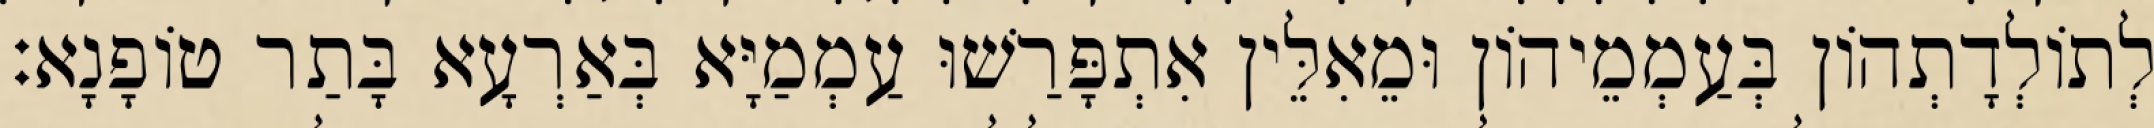
לְתוֹלְדָתְהוֹן בְּעַמְמֵיהוֹן וּמֵאִלֵּין אִתְפָּרַשׁוּ עַמְמַיָּא בְּאַרְעָא בָּתַר טוֹפָנָא׃